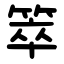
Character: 箤